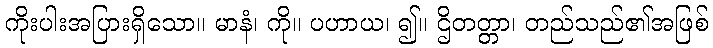
ကိုးပါးအပြားရှိသော။ မာနံ၊ ကို။ ပဟာယ၊ ၍။ ဌိတတ္တာ၊ တည်သည်၏အဖြစ်